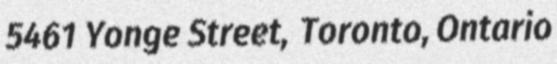
5461 Yonge Street, Toronto, Ontario